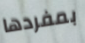
بمفردها